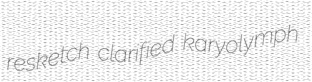
resketch clarified karyolymph